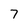
Character: 7